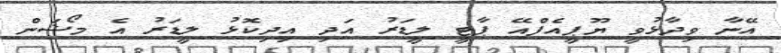
އޭނާ ވިދާޅުވީ ޔޫޕީއެފްއޭ ޕާޓީ ލީޑަރު އަދި އިދިކޮޅު ލީޑަރު އެ މޯޝަން